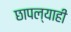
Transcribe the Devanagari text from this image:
छापल्याही